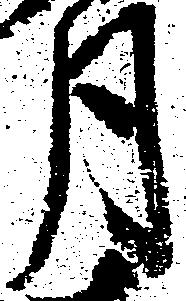
月